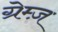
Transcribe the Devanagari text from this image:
ग्रेम्ज़